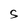
Character: S